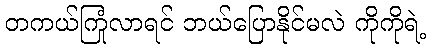
တကယ်ကြုံလာရင် ဘယ်ပြောနိုင်မလဲ ကိုကိုရဲ့